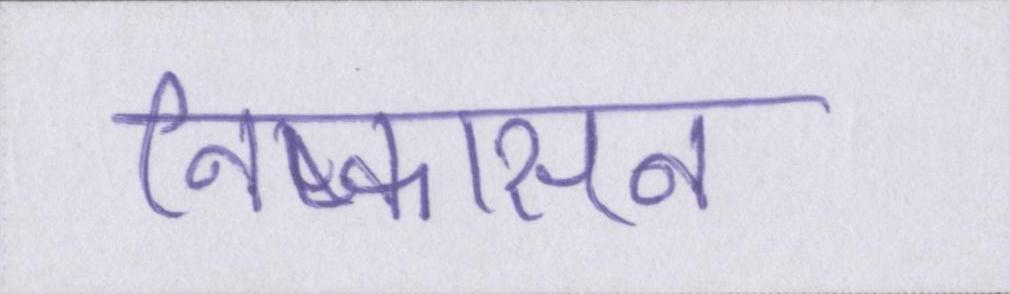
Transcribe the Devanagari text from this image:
निष्कासन